Document type: Testament
Year: 1300
Scribe: Bonanat d'Esparreguera
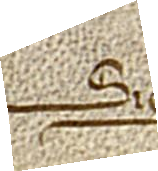
Sig